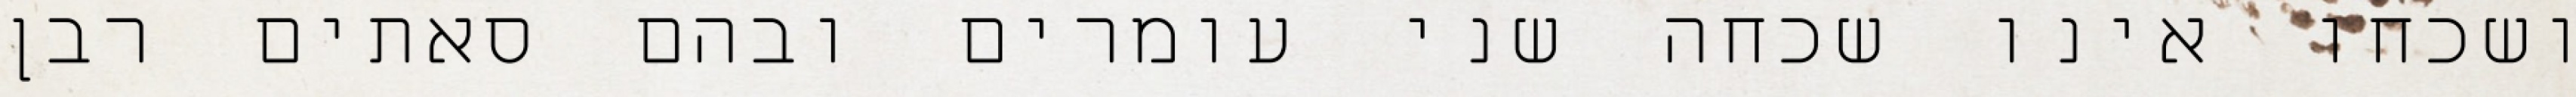
ושכחו אינו שכחה שני עומרים ובהם סאתים רבן